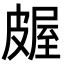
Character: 𬐖